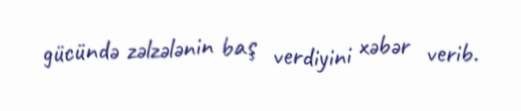
gücündə zəlzələnin baş verdiyini xəbər verib.